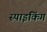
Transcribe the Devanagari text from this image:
स्पाइकिंग